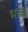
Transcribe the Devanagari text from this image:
भाक